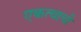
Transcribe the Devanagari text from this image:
एकत्वाची